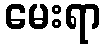
မေးရာ